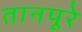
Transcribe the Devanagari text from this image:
तानपूरे